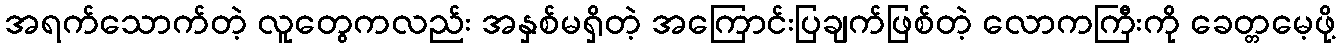
အရက်သောက်တဲ့ လူတွေကလည်း အနှစ်မရှိတဲ့ အကြောင်းပြချက်ဖြစ်တဲ့ လောကကြီးကို ခေတ္တမေ့ဖို့